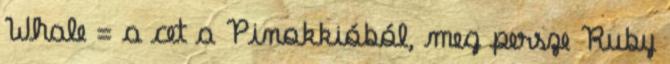
Whale = a cet a Pinokkióból, meg persze Ruby